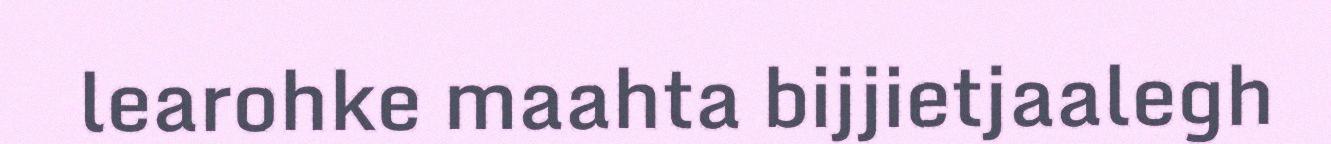
learohke maahta bijjietjaalegh